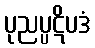
ပုညပ္ပဋိပဒံ